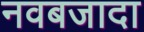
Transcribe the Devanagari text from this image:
नवबजादा